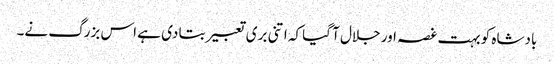
بادشاہ کو بہت غصہ اور جلال آ گیا کہ اتنی بری تعبیر بتا دی ہے اس بزرگ نے۔